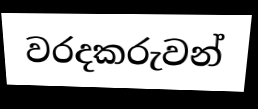
වරදකරුවන්